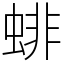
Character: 𧍃